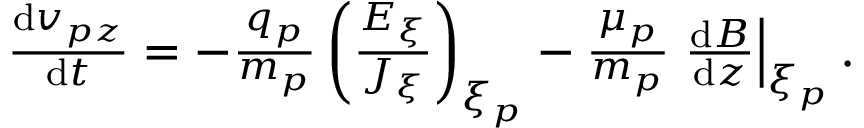
\begin{array} { r } { \frac { \mathrm { d } v _ { p z } } { \mathrm { d } t } = - \frac { q _ { p } } { m _ { p } } \left( \frac { E _ { \xi } } { J _ { \xi } } \right) _ { \xi _ { p } } - \frac { \mu _ { p } } { m _ { p } } \left. \frac { \mathrm { d } B } { \mathrm { d } z } \right| _ { \xi _ { p } } . } \end{array}